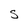
Character: S